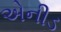
એનીડ